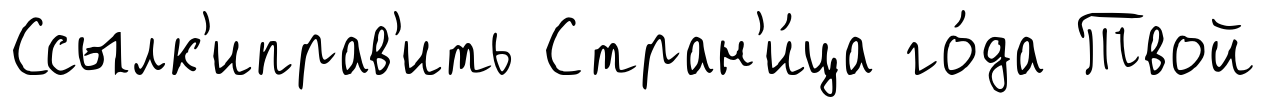
Ссылк'иправ'ить Стран'и́ца го́да Твой